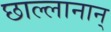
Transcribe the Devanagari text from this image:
छाल्लानान्